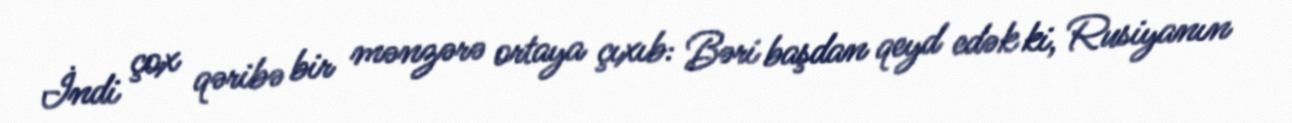
İndi çox qəribə bir mənzərə ortaya çıxıb: Bəri başdan qeyd edək ki, Rusiyanın